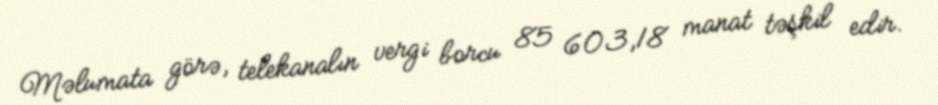
Məlumata görə, telekanalın vergi borcu 85 603,18 manat təşkil edir.